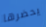
يحضرها